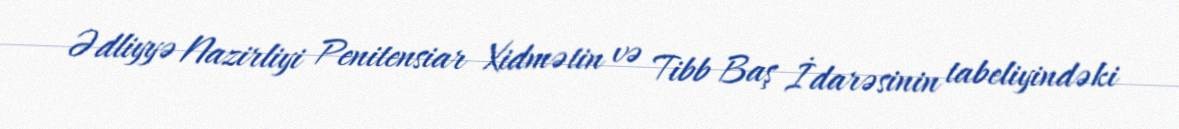
Ədliyyə Nazirliyi Penitensiar Xidmətin və Tibb Baş İdarəsinin tabeliyindəki